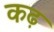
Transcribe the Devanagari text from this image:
कढ़